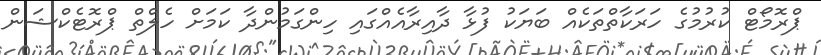
ޕްރޮމޯޓް ކުރުމުގެ ހަރަކާތްތަކެއް ބަޔަކު ފުޅާ ދާއިރާއެއްގައި ހިންގަމުންދާ ކަމަށް ހެލްތް ޕްރޮޓެކްޝަން